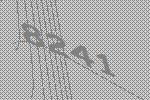
8241